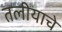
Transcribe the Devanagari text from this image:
तलीयाचे